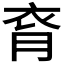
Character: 𧘯